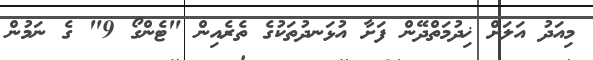
މިއަދު އަލަށް ޚިދުމަތްދޭން ފަށާ އުޅަނދުތަކުގެ ތެރެއިން "ޓެންގޯ 9" ގެ ނަމުން